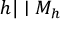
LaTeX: h | \mid M _ { h }